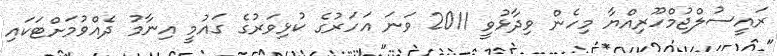
ރައީސުލްޖުމްހޫރިއްޔާ މިހެން ވިދާޅުވީ 2011 ވަނަ އަހަރުގެ ކުޅިވަރުގެ ގައުމީ އިނާމު ދެއްވުމަށްޓަކައި